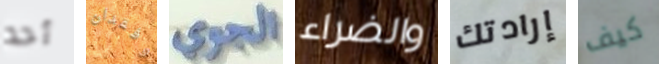
أحد وفقدان الجوي والضراء إرادتك كيف